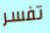
تفسر